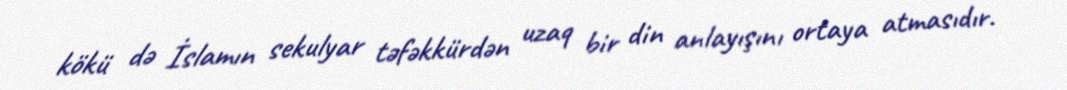
kökü də İslamın sekulyar təfəkkürdən uzaq bir din anlayışını ortaya atmasıdır.